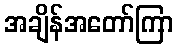
အချိန်အတော်ကြာ